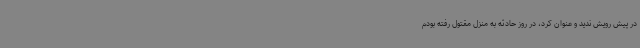
در پیش رویش ندید و عنوان کرد، در روز حادثه به منزل مقتول رفته بودم